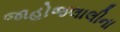
જાહોજલાલીના